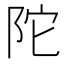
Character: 陀